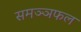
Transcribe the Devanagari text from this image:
समञ्ञफल